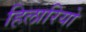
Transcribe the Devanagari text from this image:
हिलारियो